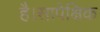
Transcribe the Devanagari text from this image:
है।सापेक्षिक